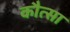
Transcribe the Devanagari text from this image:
कौत्सा